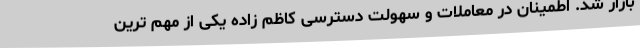
بازار شد. اطمینان در معاملات و سهولت دسترسی کاظم زاده یکی از مهم ترین